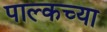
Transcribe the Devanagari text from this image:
पाल्कच्या